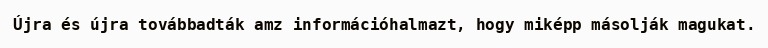
Újra és újra továbbadták amz információhalmazt, hogy miképp másolják magukat.